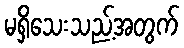
မရှိသေးသည့်အတွက်